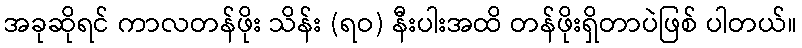
အခုဆိုရင် ကာလတန်ဖိုး သိန်း (ရဝ) နီးပါးအထိ တန်ဖိုးရှိတာပဲဖြစ် ပါတယ်။